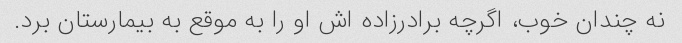
نه چندان خوب، اگرچه برادرزاده اش او را به موقع به بیمارستان برد.